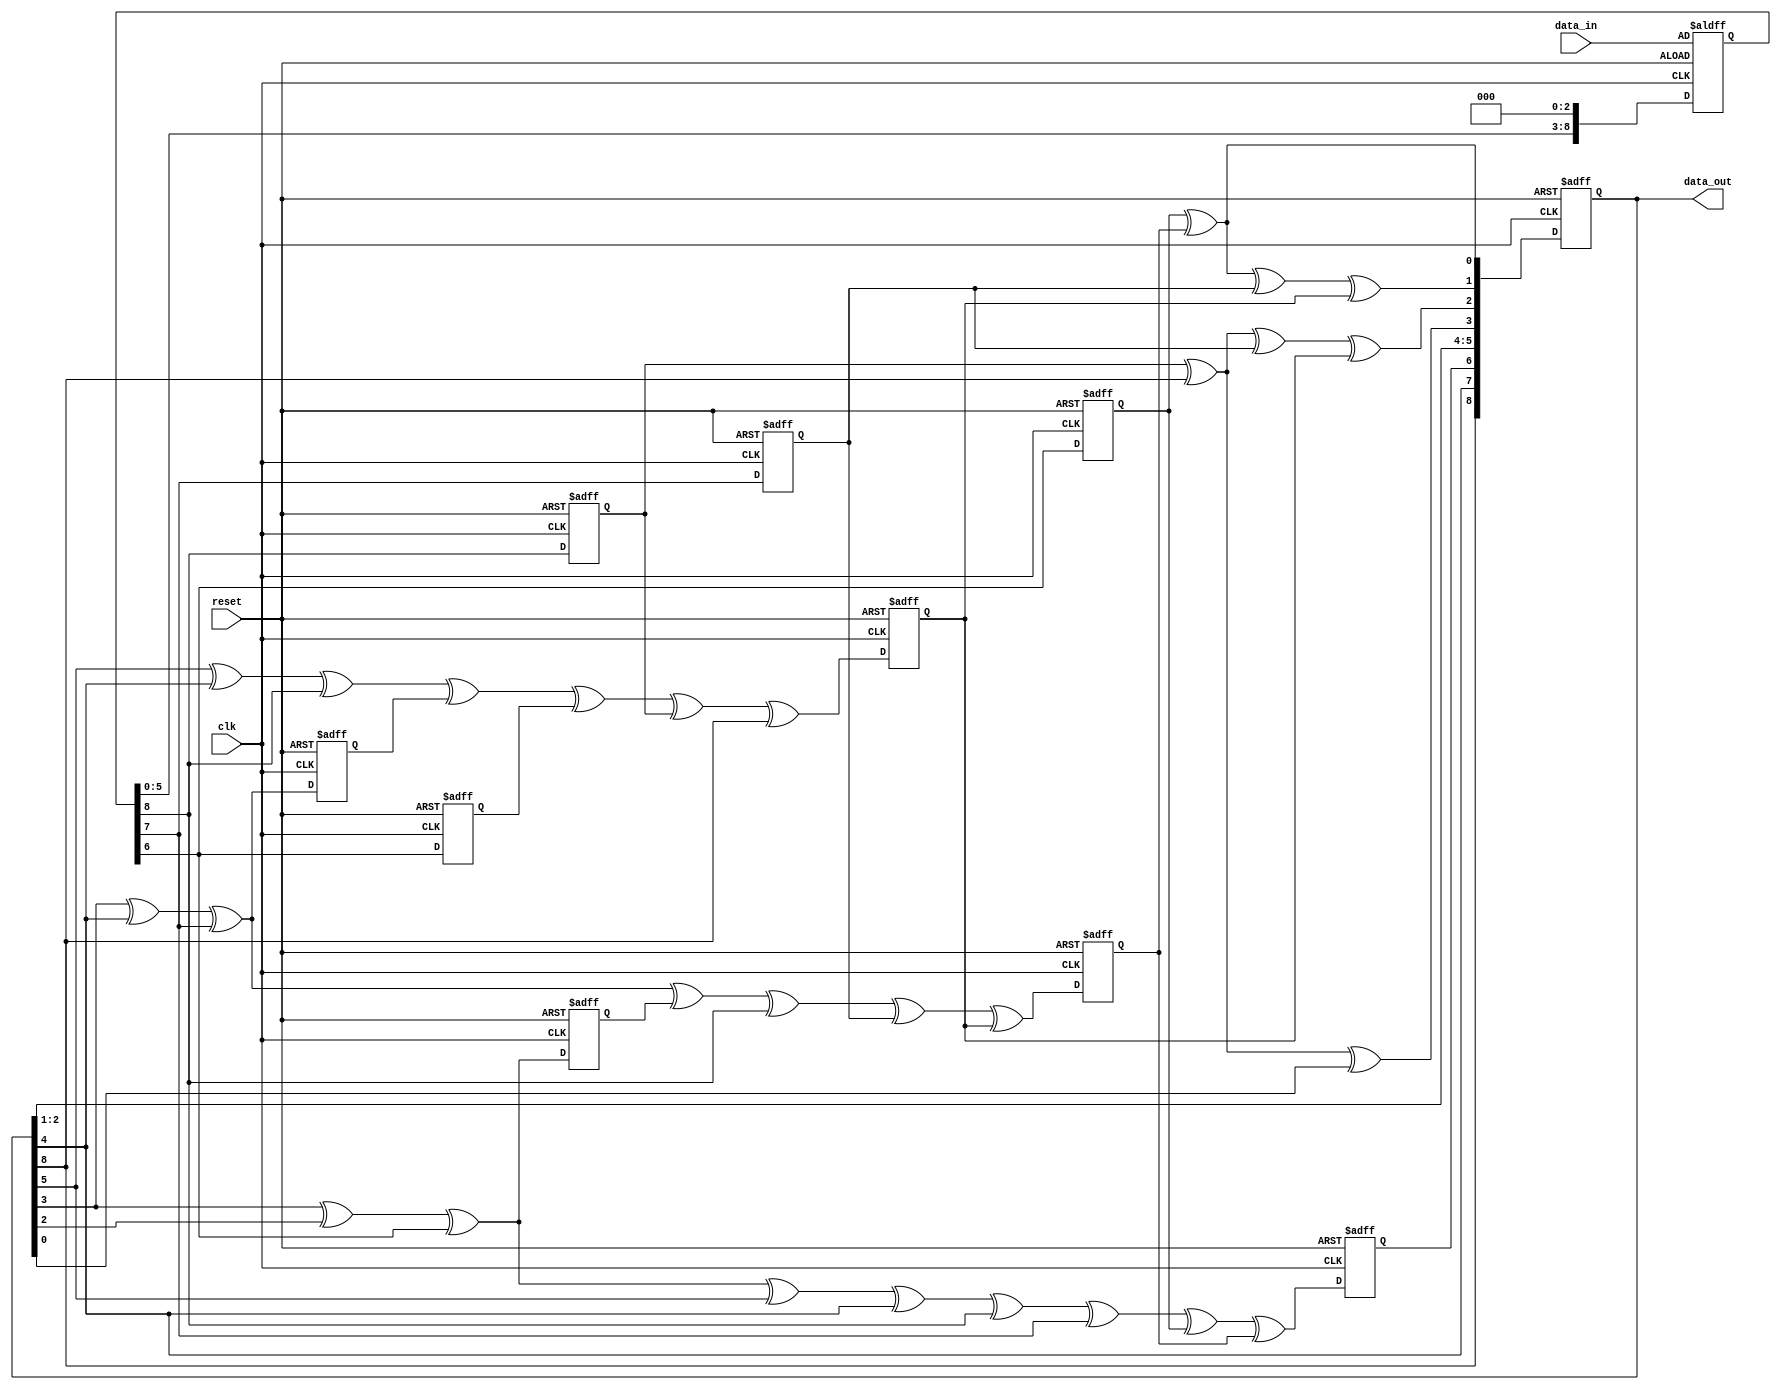
`timescale 1ns / 1ps
//////////////////////////////////////////////////////////////////////////////////
// Company: 
// Engineer: 
// 
// Design Name: 
// Module Name:    Three_parallel_CRC 
// Project Name: 
// Target Devices: 
// Tool versions: 
// Description: 
//
// Dependencies: 
//
// Revision: 
// Revision 0.01 - File Created
// Additional Comments: 
//
//////////////////////////////////////////////////////////////////////////////////

//Verilog code for generator polynomial 1+y+y8+y9 with 3 level unfolding
 

module Three_parallel_CRC(clk,reset,data_in,data_out);

input clk,reset;
input [8:0] data_in ;
output reg [8:0] data_out;
reg [8:0] data_reg;
reg d1,d2,d3,d4,d5,d6,d7,d8,d9;

always @(posedge clk or posedge reset)
begin
if(reset)
	begin
	data_out <= 9'd0;
	//out <= 9'd0;
	d1 <= 0;
	d2 <= 0;
	d3 <= 0;
	d4 <= 0;
	d5 <= 0;
	d6 <= 0;
	d7 <= 0;
	d8 <= 0;
	d9 <= 0;
	$display("1  data_out = %b ",data_out);
	data_reg <= data_in;
	$display("1  data_in = %b ",data_reg);
	end
else
	begin
	
		d1 <= data_reg[8];
		d2 <= data_reg[7];
		d3 <= data_reg[6];
		d4 <= data_out[5]^data_out[4]^data_reg[8]^d8^d7^d1^data_out[8];
		d5 <= data_out[3]^data_out[4]^data_reg[7]^d9^data_reg[8]^d2^d4;
		d6 <= data_out[3]^data_out[2]^data_reg[6]^data_out[5]^data_out[4]^data_reg[8]^data_reg[7]^d3^d5;
		d7 <= data_reg[6];
		d8 <= data_out[3]^data_out[4]^data_reg[7];
		d9 <= data_out[3]^data_out[2]^data_reg[6];
		
		data_out[0] <= d3^d5;
		data_out[1] <= d3^d5^d2^d4;
		data_out[2] <= d1^data_out[8]^d2^d4;
		data_out[3] <= d1^data_out[8]^data_out[0];
		data_out[4] <= data_out[1];
		data_out[5] <= data_out[2];
		data_out[6] <= data_out[3];
		data_out[7] <= data_out[4];
		data_out[6] <= d6;
		

		//101011010
		data_reg <= data_reg<<3;
		//data_reg <= {data_reg[5:0],data_reg[8],data_reg[7],data_reg[6]};				
		//$display($time," output = %b ",data_out);
		$display($time," output = %b%b%b%b%b%b%b%b%b ",data_out[0],data_out[1],data_out[2],data_out[3],data_out[4],data_out[5],data_out[6],data_out[7],data_out[8]);
		
	end
	//out <= ~data_out;
	//$display("2  out = %b ",out);
end

endmodule